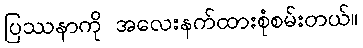
ပြဿနာကို အလေးနက်ထားစုံစမ်းတယ်။